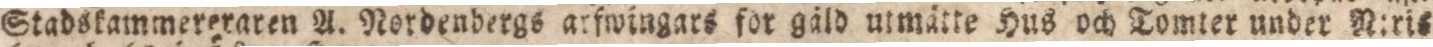
Stadskammereraren A. Nordenbergs arfwingars for gäld utmätte Hus och Tomter under N:ris